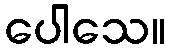
ပေါသေ။